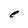
Character: e